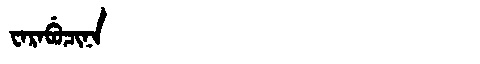
Manchu: ᠸᠠᡵᠠᠪᡠᠴᡳᠨᠠ
Romanization: WARABUCINA